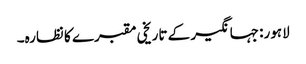
لاہور: جہانگیر کے تاریخی مقبرے کا نظارہ۔